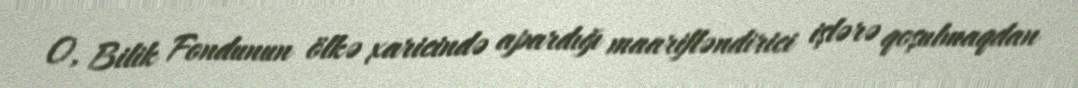
O, Bilik Fondunun ölkə xaricində apardığı maarifləndirici işlərə qoşulmaqdan